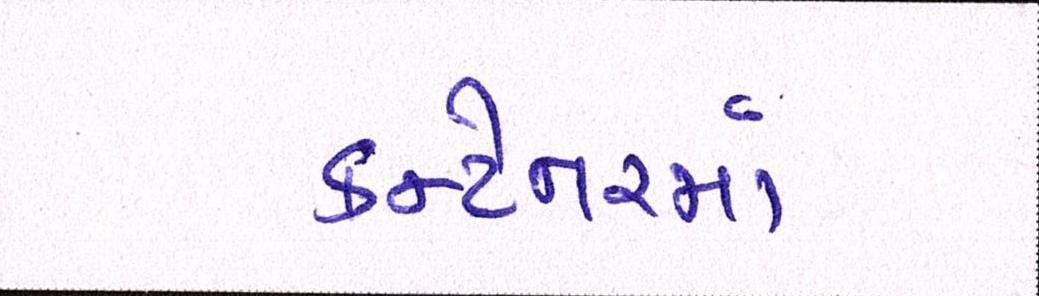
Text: કન્ટેનરમાં